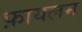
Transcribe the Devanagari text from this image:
फ़ायलम